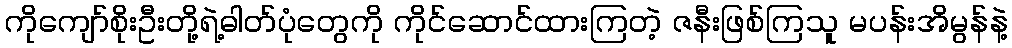
ကိုကျော်စိုးဦးတို့ရဲ့ဓါတ်ပုံတွေကို ကိုင်ဆောင်ထားကြတဲ့ ဇနီးဖြစ်ကြသူ မပန်းအိမွန်နဲ့